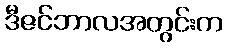
ဒီဇင်ဘာလအတွင်းက